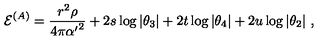
{ { \cal E } } ^ { ( A ) } = { \frac { r ^ { 2 } \rho } { 4 \pi { \alpha ^ { \prime } } ^ { 2 } } } + 2 s \log \vert \theta _ { 3 } \vert + 2 t \log \vert \theta _ { 4 } \vert + 2 u \log \vert \theta _ { 2 } \vert \ ,